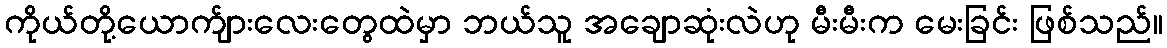
ကိုယ်တို့ယောက်ျားလေးတွေထဲမှာ ဘယ်သူ အချောဆုံးလဲဟု မီးမီးက မေးခြင်း ဖြစ်သည်။